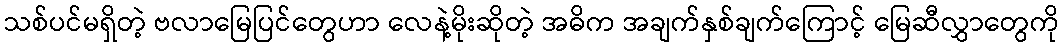
သစ်ပင်မရှိတဲ့ ဗလာမြေပြင်တွေဟာ လေနဲ့မိုးဆိုတဲ့ အဓိက အချက်နှစ်ချက်ကြောင့် မြေဆီလွှာတွေကို